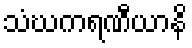
သံဃကရဏီယာနိ